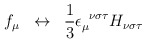
\begin{align*}f_{\mu }\;\;\leftrightarrow \;\;\frac{1}{3}\epsilon _{\mu}^{\;\;\nu \sigma \tau }H_{\nu \sigma \tau }\end{align*}